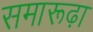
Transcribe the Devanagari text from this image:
समारूढ़ा